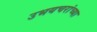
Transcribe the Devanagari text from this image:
उभयचरांच्या